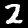
Digit: 2